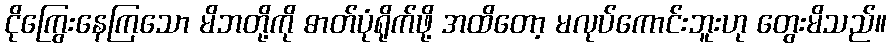
ငိုကြွေးနေကြသော မိဘတို့ကို ဓာတ်ပုံရိုက်ဖို့ အထိတော့ မလုပ်ကောင်းဘူးဟု တွေးမိသည်။